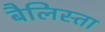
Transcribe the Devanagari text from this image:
बैलिस्ता